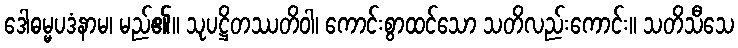
ဒေါဓမ္မပဒံနာမ၊ မည်၏။ သုပဋ္ဌိတဿတိဝါ၊ ကောင်းစွာထင်သော သတိလည်းကောင်း။ သတိသီသေ